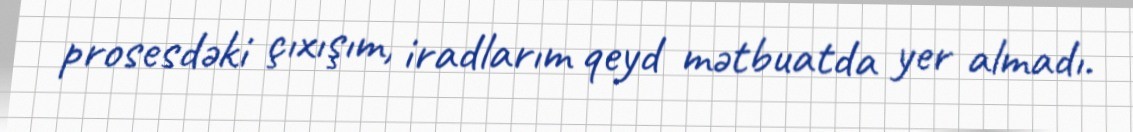
prosesdəki çıxışım, iradlarım qeyd mətbuatda yer almadı.